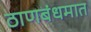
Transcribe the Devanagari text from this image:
ठाणबंधमात